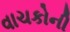
વાચકોની